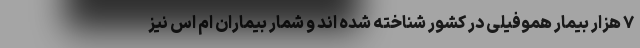
۷ هزار بیمار هموفیلی در کشور شناخته شده اند و شمار بیماران ام اس نیز